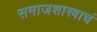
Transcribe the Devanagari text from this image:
समाजशास्त्राचं